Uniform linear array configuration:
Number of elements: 12
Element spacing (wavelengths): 0.25
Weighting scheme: exponential
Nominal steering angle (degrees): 15
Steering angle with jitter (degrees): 16.445
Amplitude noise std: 0.05
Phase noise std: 0.05

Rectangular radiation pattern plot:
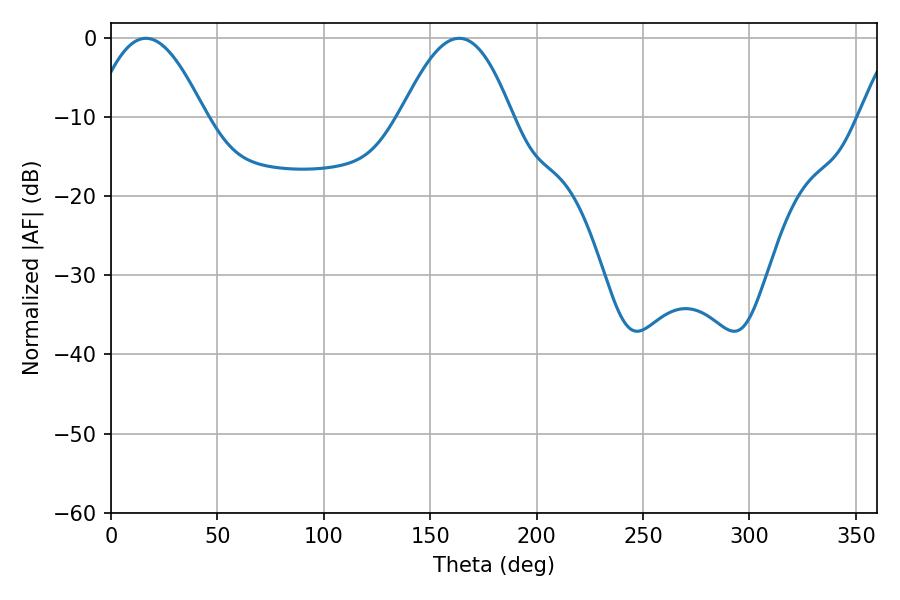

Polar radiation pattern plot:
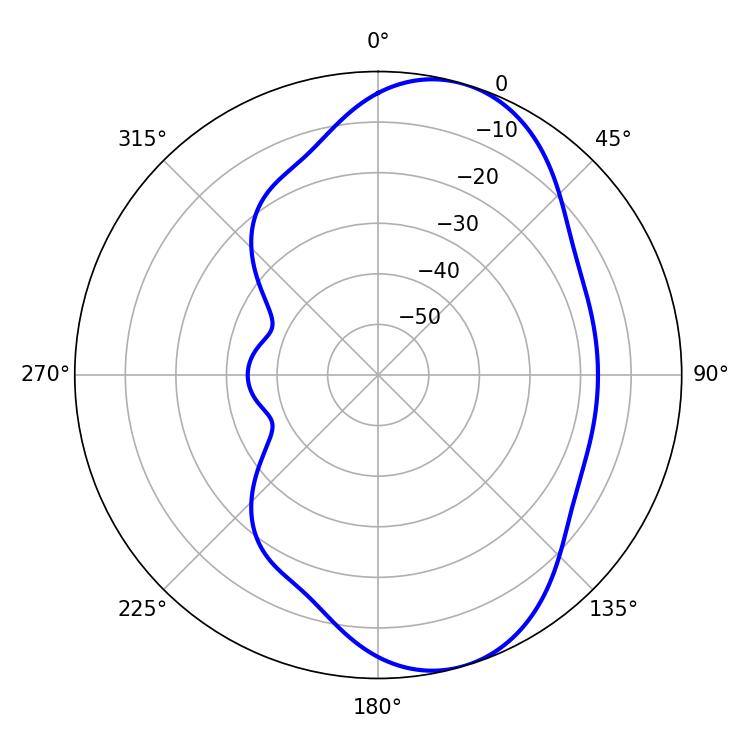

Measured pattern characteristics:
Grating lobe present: FALSE
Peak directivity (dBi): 7.671
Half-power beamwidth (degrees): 28.44
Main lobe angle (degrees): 16.38